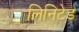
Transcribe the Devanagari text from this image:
लिनिटेड